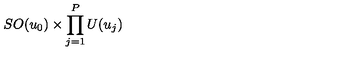
S O ( u _ { 0 } ) \times \prod _ { j = 1 } ^ { P } U ( u _ { j } )